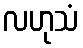
လဟုသံ